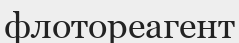
флотореагент